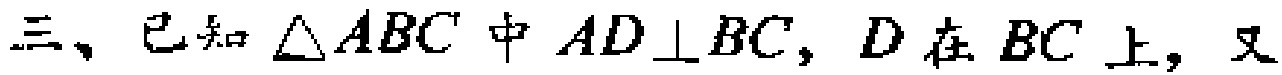
三、已知$\triangle ABC$中$AD\perp BC$，$D$在$BC$上，又